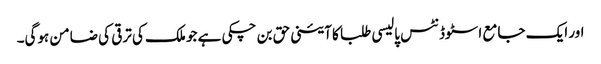
اور ایک جامع اسٹوڈنٹس پالیسی طلبا کا آئینی حق بن چکی ہے جو ملک کی ترقی کی ضامن ہوگی۔